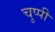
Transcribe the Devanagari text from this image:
चुप्‍पी